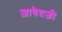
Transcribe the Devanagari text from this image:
ज़ावेदजी